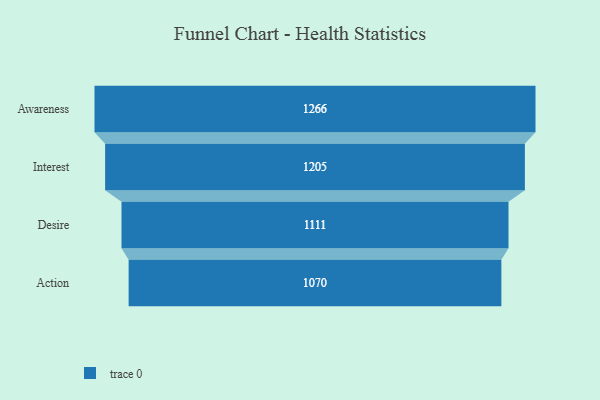
{"axis": {"x": "Stage", "y": "Value"}, "legend": [""], "data": [{"x": "Awareness", "y": 1266.0, "type": ""}, {"x": "Interest", "y": 1205.0, "type": ""}, {"x": "Desire", "y": 1111.0, "type": ""}, {"x": "Action", "y": 1070.0, "type": ""}]}